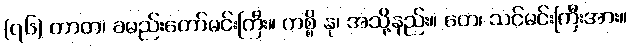
(၇၆) တာတ၊ ခမည်းတော်မင်းကြီး။ ကစ္စိ နု၊ အသို့နည်း။ တေ၊ သင်မင်းကြီးအား။